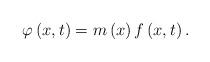
LaTeX: \begin{align*}\varphi\left(x,t\right)=m\left(x\right)f\left(x,t\right).\end{align*}